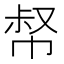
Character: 𢃝